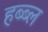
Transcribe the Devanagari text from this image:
हब्ब्ल